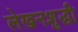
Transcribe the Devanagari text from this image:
लेखनशुद्धी